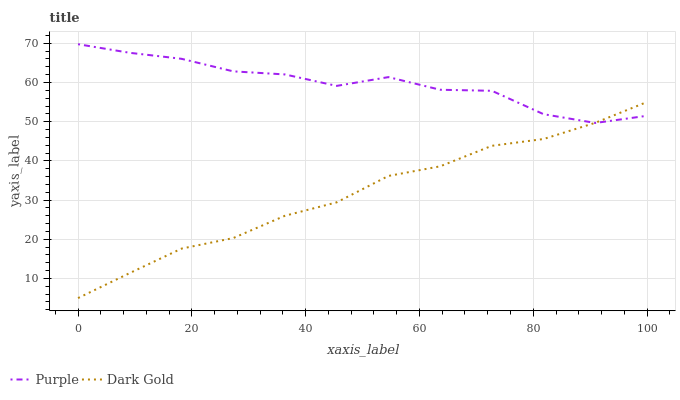
| xaxis_label | Purple | Dark Gold |
 | --- | --- | --- |
 | 0 | 69.8 | 5 |
 | 9.09 | 67.6 | 11.4 |
 | 18.2 | 66 | 17.6 |
 | 27.3 | 62.8 | 20.3 |
 | 36.4 | 62.1 | 26 |
 | 45.5 | 59.1 | 29.4 |
 | 54.5 | 61.4 | 36.2 |
 | 63.6 | 58.2 | 38.6 |
 | 72.7 | 57.9 | 43.9 |
 | 81.8 | 51.9 | 45.6 |
 | 90.9 | 49.7 | 49.7 |
 | 100 | 51.5 | 55 |